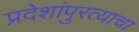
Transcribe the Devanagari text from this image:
प्रदेशांपुरत्याचा